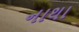
નાથા